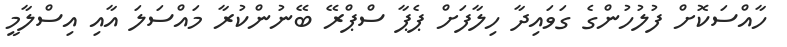
ހާއްސަކޮށް ފުލުހުންގެ ގަވައިދާ ހިލާފަށް ޕެޕާ ސްޕްރޭ ބޭނުންކުރާ މައްސަލަ އާއި އިސްލާމީ